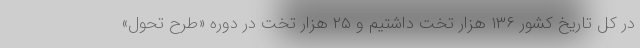
در کل تاریخ کشور ۱۳۶ هزار تخت داشتیم و ۲۵ هزار تخت در دوره «طرح تحول»